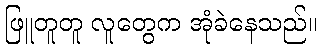
ဖြူတူတူ လူတွေက အုံခဲနေသည်။